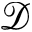
\mathcal { D }